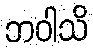
ဘဝါသိ